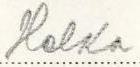
Helka